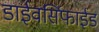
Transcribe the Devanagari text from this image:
डाईवर्सिफाईड